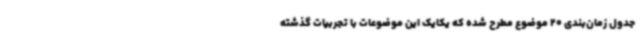
جدول زمان‌بندی 20 موضوع مطرح شده که یکایک این موضوعات با تجربیات گذشته